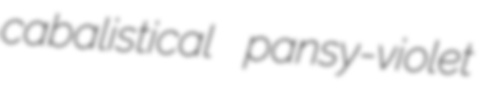
cabalistical pansy-violet